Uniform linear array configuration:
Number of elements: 64
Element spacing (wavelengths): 0.5
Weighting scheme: exponential
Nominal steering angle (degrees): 45
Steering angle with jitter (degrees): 46.545
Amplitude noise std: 0.05
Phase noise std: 0.05

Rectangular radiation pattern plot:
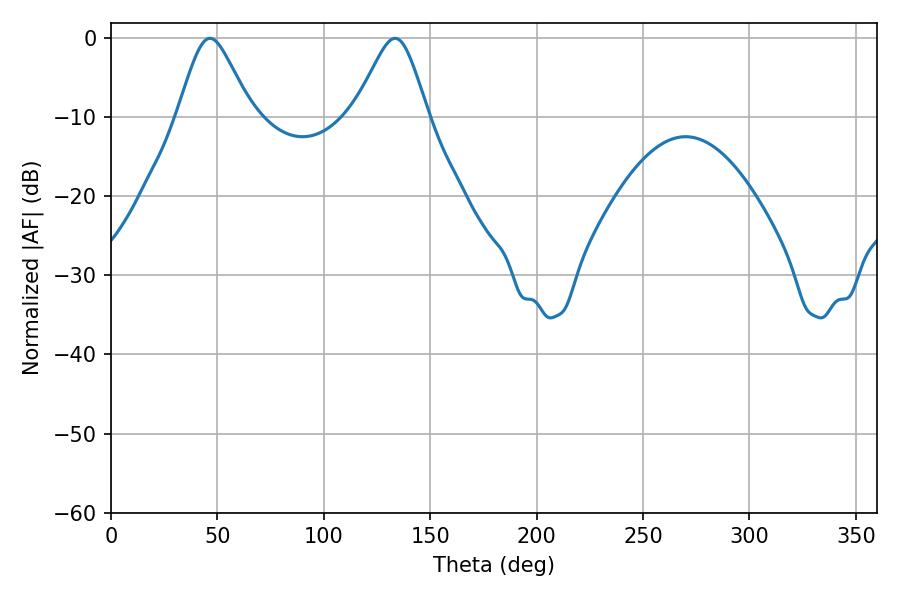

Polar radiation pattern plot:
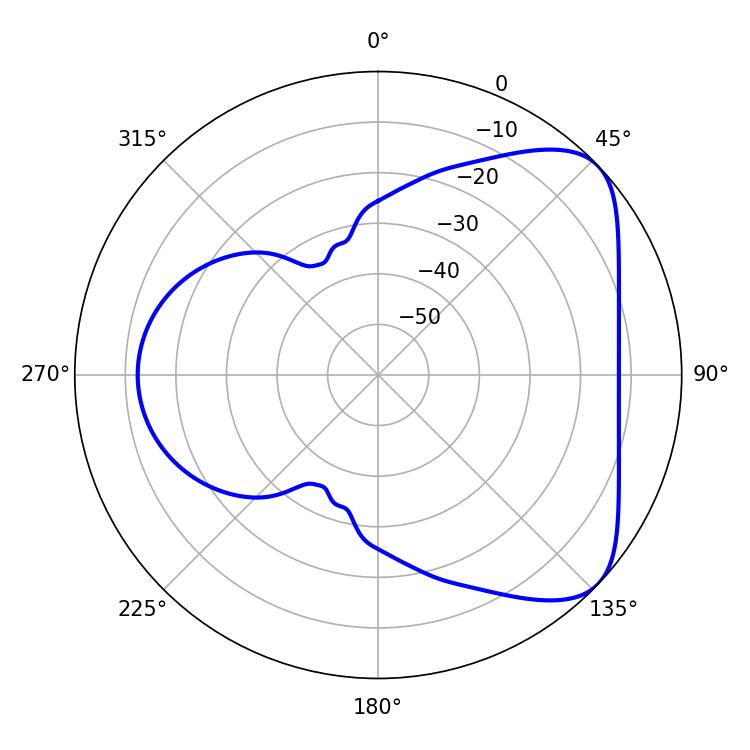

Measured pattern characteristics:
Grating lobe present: FALSE
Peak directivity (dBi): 5.882
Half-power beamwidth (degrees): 16.92
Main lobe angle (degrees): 46.44